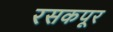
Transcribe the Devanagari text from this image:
रसकपूर